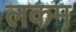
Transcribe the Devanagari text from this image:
लकम